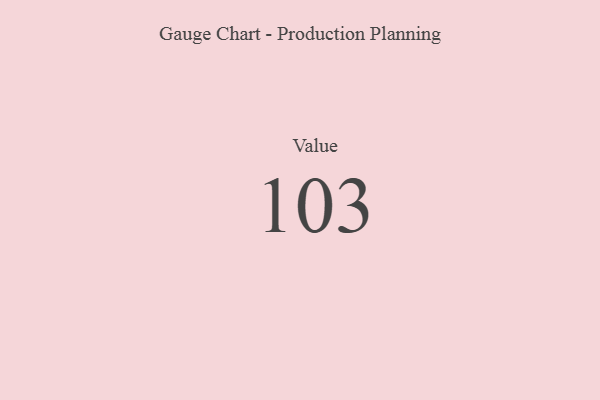
{"axis": {"x": "Metric", "y": "Value"}, "legend": [""], "data": [{"x": "Value", "y": 103, "type": ""}]}